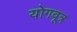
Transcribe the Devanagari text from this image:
योगवूत्र